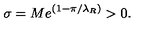
\sigma = M e ^ { ( 1 - \pi / \lambda _ { R } ) } > 0 .